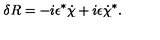
\delta R = - i \epsilon ^ { * } \dot { \chi } + i \epsilon \dot { \chi } ^ { * } .